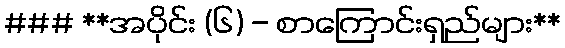
### **အပိုင်း (၆) - စာကြောင်းရှည်များ**